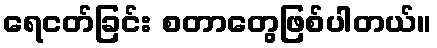
ရေငတ်ခြင်း စတာတွေဖြစ်ပါတယ်။